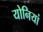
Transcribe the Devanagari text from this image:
योनियां